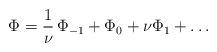
LaTeX: \begin{align*}\Phi = \frac{1}{\nu}\, \Phi_{-1} + \Phi_0 + \nu \Phi_1 + \ldots\end{align*}